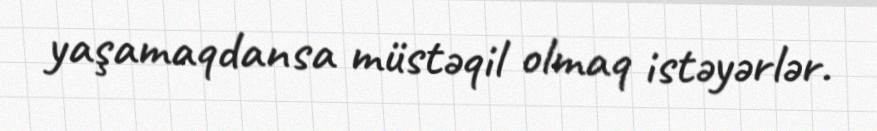
yaşamaqdansa müstəqil olmaq istəyərlər.